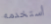
أستخدمه